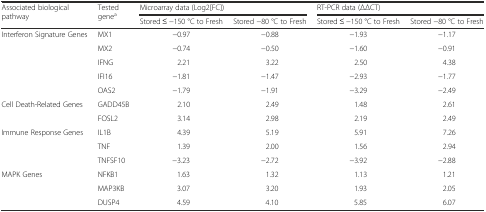
| <ROWSPAN=2> Associated biological pathway | <ROWSPAN=2> Tested genea | <COLSPAN=2> Microarray data (Log2[FC]) | <COLSPAN=2> RT-PCR data (ΔΔCT) |
 | Stored ≤ −150 °C to Fresh | Stored −80 °C to Fresh | Stored ≤ −150 °C to Fresh | Stored −80 °C to Fresh |
 | --- | --- | --- | --- | --- | --- |
 | <ROWSPAN=5> Interferon Signature Genes | MX1 | −0.97 | −0.88 | −1.93 | −1.17 |
 | MX2 | −0.74 | −0.50 | −1.60 | −0.91 |
 | IFNG | 2.21 | 3.22 | 2.50 | 4.38 |
 | IFI16 | −1.81 | −1.47 | −2.93 | −1.77 |
 | OAS2 | −1.79 | −1.91 | −3.29 | −2.49 |
 | <ROWSPAN=2> Cell Death-Related Genes | GADD45B | 2.10 | 2.49 | 1.48 | 2.61 |
 | FOSL2 | 3.14 | 2.98 | 2.19 | 2.49 |
 | <ROWSPAN=3> Immune Response Genes | IL1B | 4.39 | 5.19 | 5.91 | 7.26 |
 | TNF | 1.39 | 2.00 | 1.56 | 2.94 |
 | TNFSF10 | −3.23 | −2.72 | −3.92 | −2.88 |
 | <ROWSPAN=3> MAPK Genes | NFKB1 | 1.63 | 1.32 | 1.13 | 1.21 |
 | MAP3KB | 3.07 | 3.20 | 1.93 | 2.05 |
 | DUSP4 | 4.59 | 4.10 | 5.85 | 6.07 |